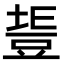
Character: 𧯧